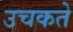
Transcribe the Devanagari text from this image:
उचकते